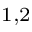
^ { 1 , 2 }